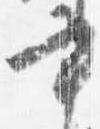
書